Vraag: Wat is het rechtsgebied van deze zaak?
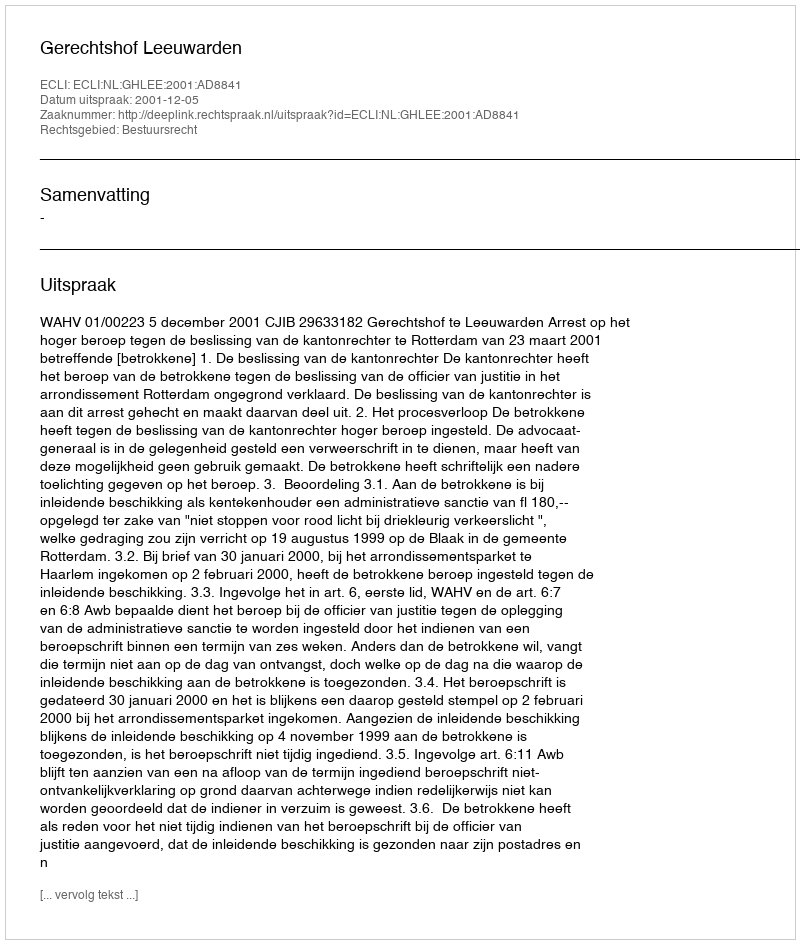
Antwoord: Bestuursrecht